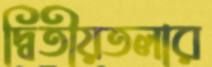
দ্বিতীয়তলার